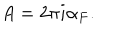
A = 2 \pi i \alpha _ { F } .